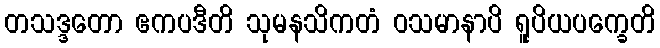
တသဒ္ဒတော ဧကပဒီတိ သုမနသိကတံ ဝသမာနာပိ ရူပိယပက္ခေတိ